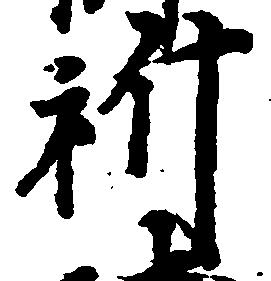
祈